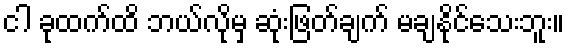
ငါ ခုထက်ထိ ဘယ်လိုမှ ဆုံးဖြတ်ချက် မချနိုင်သေးဘူး။